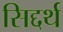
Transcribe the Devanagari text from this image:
सिद्दर्थ